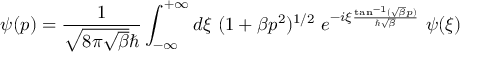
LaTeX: \psi ( p ) = \frac { 1 } { \sqrt { 8 \pi \sqrt { \beta } } \hbar } \int _ { - \infty } ^ { + \infty } d { \xi } { \mathrm { ~ } } ( 1 + \beta p ^ { 2 } ) ^ { 1 / 2 } { \mathrm { ~ } } e ^ { - i { \xi } \frac { \tan ^ { - 1 } ( \sqrt { \beta } p ) } { \hbar \sqrt { \beta } } } { \mathrm { ~ } } \psi ( { \xi } )